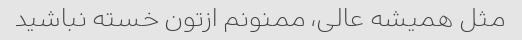
مثل همیشه عالی، ممنونم ازتون خسته نباشید